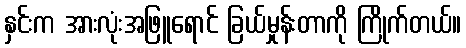
နှင်းက အားလုံးအဖြူရောင် ခြယ်မှုန်းတာကို ကြိုက်တယ်။